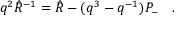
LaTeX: q ^ { 2 } \hat { R } ^ { - 1 } = \hat { R } - ( q ^ { 3 } - q ^ { - 1 } ) P _ { - } \quad .